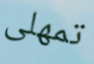
تمهلى